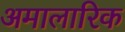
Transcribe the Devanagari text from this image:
अमालारिक